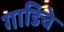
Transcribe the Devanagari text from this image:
गाडिचे